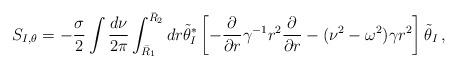
LaTeX: \begin{align*}S_{I,\theta} = -\frac{\sigma}{2} \int \frac{d\nu}{2\pi}\int_{\bar R_1}^{\bar R_2} dr \tilde\theta_I^* \left[-\frac{\partial}{\partial r} \gamma^{-1} r^2 \frac{\partial}{\partial r}- (\nu^2 - \omega^2) \gamma r^2 \right] \tilde\theta_I \,,\end{align*}